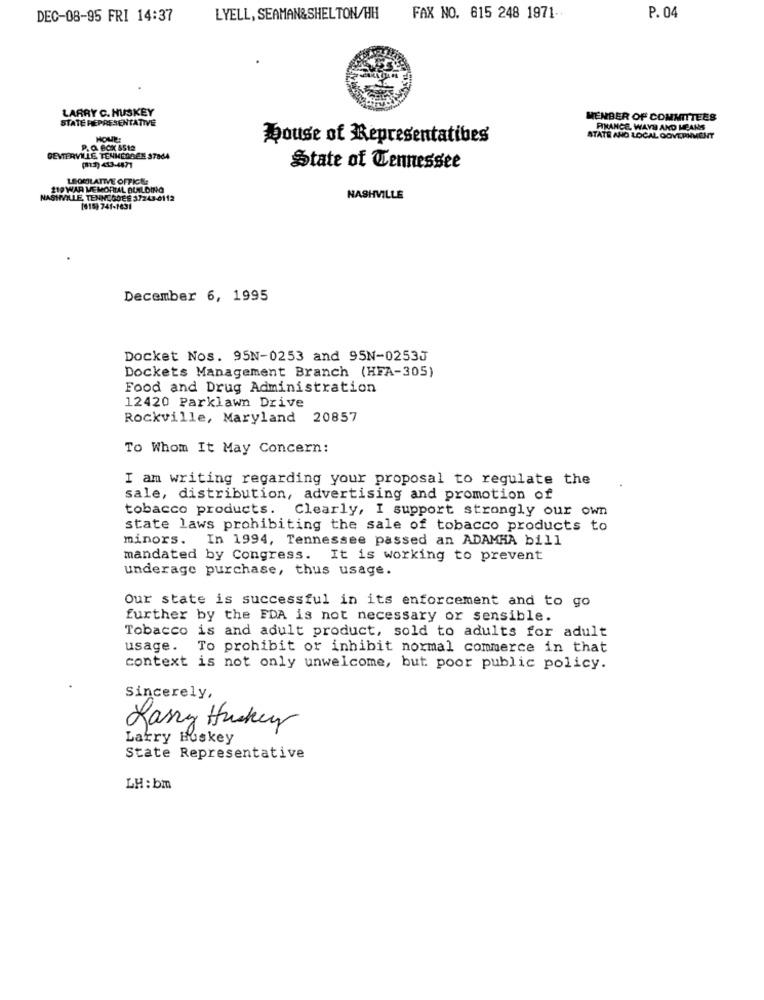
DEC-08-95 FRI 14:37
LYELL, SEAMAN&SHELTON/HH
FAX NO. 615 248 1971-
P. 04
LARRY C. HUSKEY
STATE REPRESENTATIVE
MEMBER OF COMMITTEES
FINANCE, WAYS AND MEANS
HOME!
House of Representatives
STATE AND LOCAL GOVERNMENT
P. O. BOX 5512
CENTERVILLE TENHONOEN 37864
(3) 413-4471
State of Tennessee
LEOMLATIVE OFFICE:
219 WAR MEMORIAL BUILDING
NASIMILLE, TENHOGOES 37243-0112
NASHVILLE
[615) 741-1631
December 6, 1995
Docket Nos. 95N-0253 and 95N-0253J
Dockets Management Branch (HFA-305)
Food and Drug Administration
12420 Parklawn Drive
Rockville, Maryland 20857
To Whom It May Concern:
I am writing regarding your proposal to regulate the
sale, distribution, advertising and promotion of
tobacco products. Clearly, I support strongly our own
state laws prohibiting the sale of tobacco products to
minors. In 1994, Tennessee passed an ADAMHA bill
mandated by Congress. It is working to prevent
underage purchase, thus usage.
Our state is successful in its enforcement and to go
further by the FDA is not necessary or sensible.
Tobacco is and adult product, sold to adults for adult
usage.
To prohibit or inhibit normal commerce in that
context is not only unwelcome, but poor public policy.
Sincerely,
Larry Huskey
Larry Huskey
State Representative
LH: bm